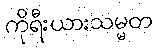
ကိုရီးယားသမ္မတ